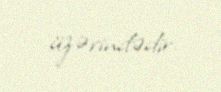
üzərindədir.